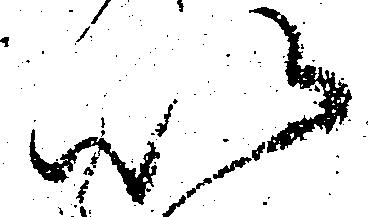
以